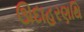
ઊદાહરણથિ